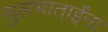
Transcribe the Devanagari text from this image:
सुलभाताईंना